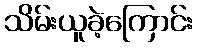
သိမ်းယူခဲ့ကြောင်း